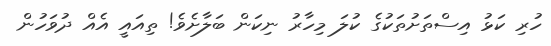
ހުރި ކަޅު އިސްތަށުތަކުގެ ކުލަ މިހާރު ނިކަން ބަލާށެވެ! ތިއައީ އެއް ދުވަހުން